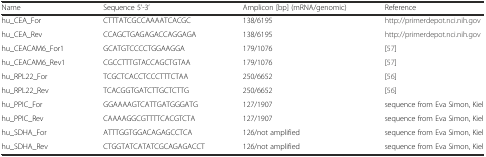
| Name | Sequence 5’-3’ | Amplicon [bp] (mRNA/genomic) | Reference |
 | --- | --- | --- | --- |
 | hu_CEA_For | CTTTATCGCCAAAATCACGC | 138/6195 | http://primerdepot.nci.nih.gov |
 | hu_CEA_Rev | CCAGCTGAGAGACCAGGAGA | 138/6195 | http://primerdepot.nci.nih.gov |
 | hu_CEACAM6_For1 | GCATGTCCCCTGGAAGGA | 179/1076 | [57] |
 | hu_CEACAM6_Rev1 | CGCCTTTGTACCAGCTGTAA | 179/1076 | [57] |
 | hu_RPL22_For | TCGCTCACCTCCCTTTCTAA | 250/6652 | [56] |
 | hu_RPL22_Rev | TCACGGTGATCTTGCTCTTG | 250/6652 | [56] |
 | hu_PPIC_For | GGAAAAGTCATTGATGGGATG | 127/1907 | sequence from Eva Simon, Kiel |
 | hu_PPIC_Rev | CAAAAGGCGTTTTCACGTCTA | 127/1907 | sequence from Eva Simon, Kiel |
 | hu_SDHA_For | ATTTGGTGGACAGAGCCTCA | 126/not amplified | sequence from Eva Simon, Kiel |
 | hu_SDHA_Rev | CTGGTATCATATCGCAGAGACCT | 126/not amplified | sequence from Eva Simon, Kiel |